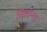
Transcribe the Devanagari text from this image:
तिलानस